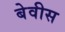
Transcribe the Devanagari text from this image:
बेवीस